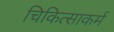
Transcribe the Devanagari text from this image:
चिकित्साकर्म